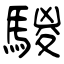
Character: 騣